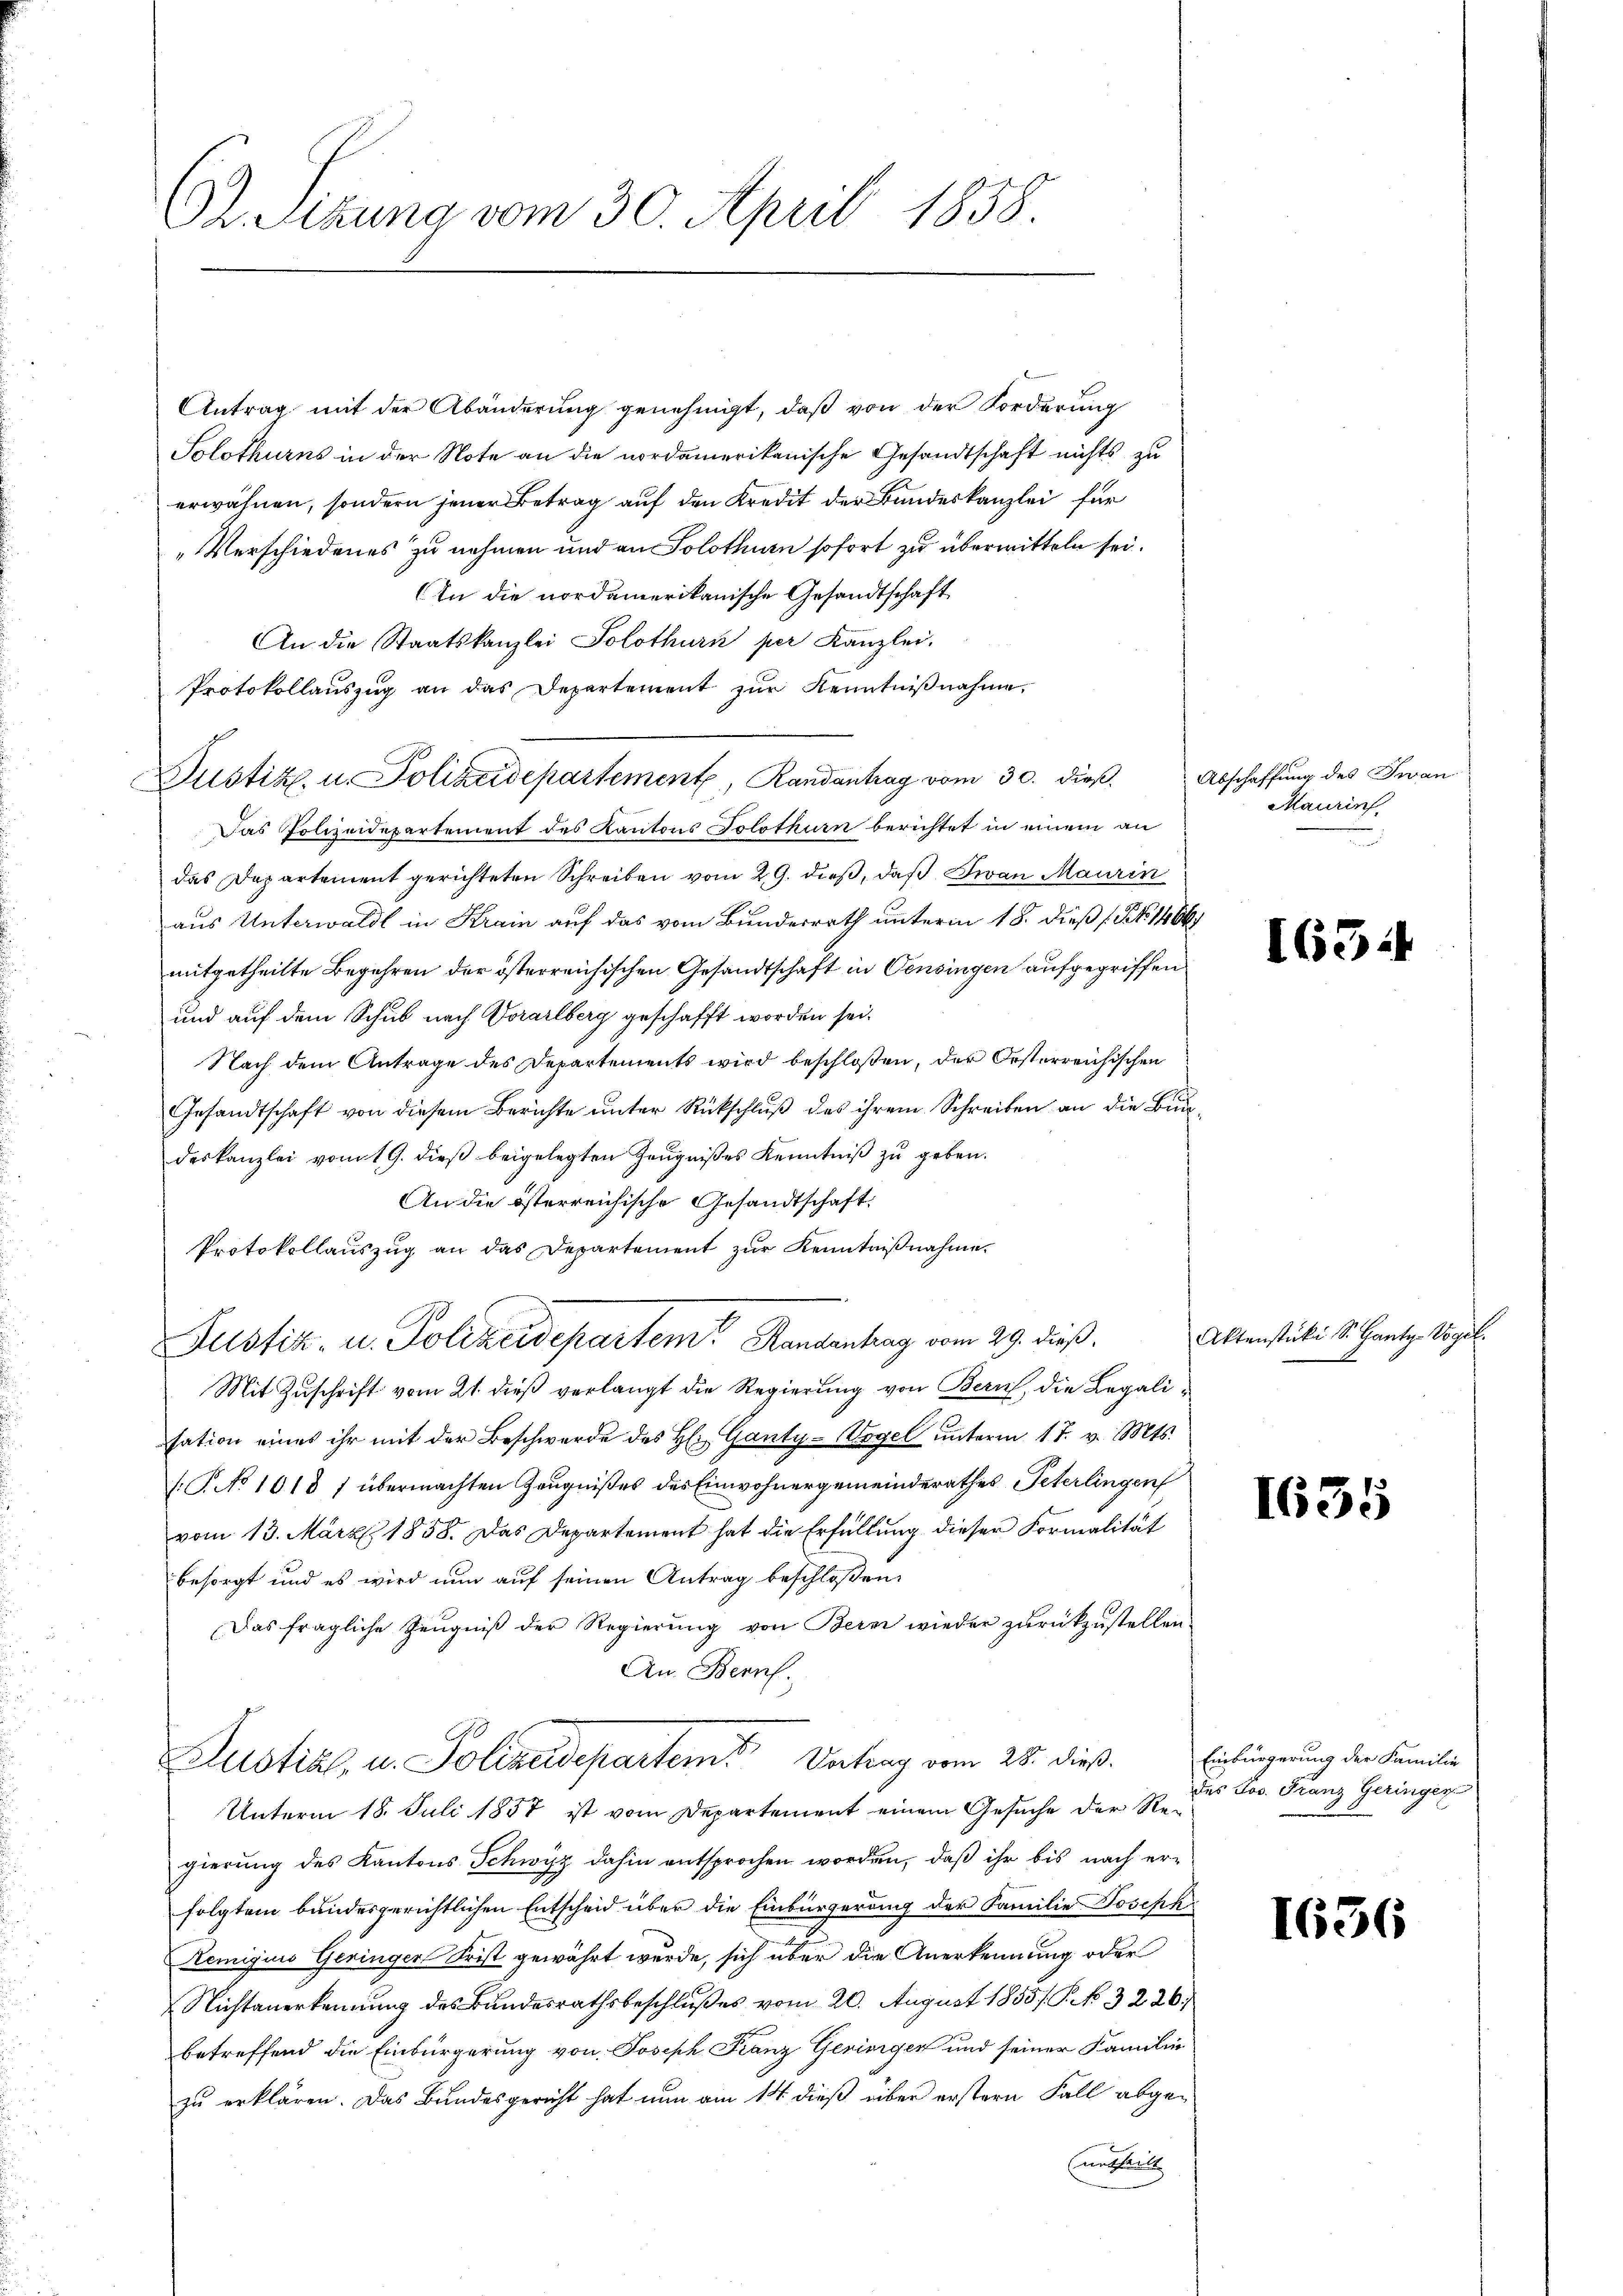
62. Sekung vom 30. April 1858.

Antrag mit der Abänderung genehmigt, daß von der Forderung
Solothurns in der Note an die nordamerikanische Gesandtschaft nichts zu
erwähnen, sondern jener Betrag auf den Kredit der Bandeskanzlei für
„Verschiedenes zu nehmen und an Solothurn sofort zu übermitteln sei.
In die nordamerikanische Gesandtschaft
An die Staatskanzlei Solothurn per Kanzlei.
Protokollauszug an das Departement zŭr Kenntniβnahme,
Justiz, u. Polizeidepartement, Randantrag vom 30. dieß. Abschaffung des Jwan
Das Polizeidepartement des Kantons Solothurn berichtet in einem an
das Departement gerichteten Schreiben vom 29. dieß, daß Jwan Maurin
aus Unterwaldt in Krain auf das vom Bundesrath unterm 18. dieß (Bl. 14667
mitgetheilte Begehren der österreichischen Gesandtschaft in Censingen aufgegriffen
und auf dem Schub nach Vorarlberg geschafft worden sei.
Nach dem Antrage des Departements wird beschloßen, der Orsterreichischen
Gesandtschaft von diesem Berichte unter Rückschluß des ihrem Schreiben an die Bundeskanzlei vom 19. dieß beigelegten Zeugnißes Kenntniß zu geben.
An die österreichische Gesandtschaft:
Protokollauszug an das Departement zur Kenntnißnahme
.
Justiz- u. Polizeidepartem Randentrag vom 29. dieß,
Mit Zuschrift vom 21. dieß verlangt die Regierung von Bern, die Legalisation eines ihr mit der Beschwerde des H: Ganty-Vogel ŭnterm 17. v. Mts.
(T. No 1018 f übermachten Zeugnißes des Einwohnergemeinderathes Peterlingen
vom 13. März 1858. Das Departement hat die Erfüllung dieser Formalität
besorgt und es wird nun auf seinen Antrag beschloßen:
Das fragliche Zeugniß der Regierung von Bern wieder zurückzustellen.
An. Bern.
Justial- u. Polizeidepartem Vertrag vom 28. dieß.
Unterm 18. Juli 1857 ist vom Departement einem Gesuche der Re-
gierung des Kantons Schwyz dahin entsprochen worden, daß ihr bis nach erfolgtem bundesgerichtlichen Entscheid über die Einbürgerung der Familie Josephi
Remigiis Geringer Frist gewährt wurde, sich über die Anerkennung oder
Nichtanerkennung des Bundesrathsbeschlußes vom 20. August 1855/ P. No. 3226.
betreffend die Einbürgerung von Joseph Franz Gerinigen und seiner Familie
zu erklären. Das Bundesgericht hat nun am 14 dieß über erstern Fall abgeundheite

l

Maurin

1654

Aktenstücki S. Gantz-Vogel.

1635

Einbürgerung der Familie
des Jos. Franz Geringer

1656